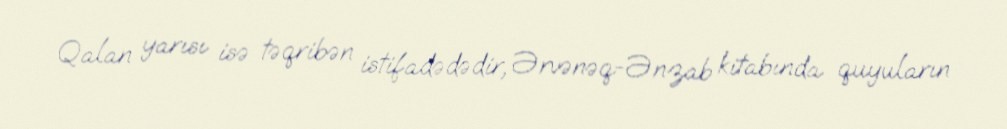
Qalan yarısı isə təqribən istifadədədir, Ərvənəq-Ənzab kitabında quyuların